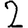
Digit: 2